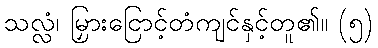
သလ္လံ၊ မြှားငြောင့်တံကျင်နှင့်တူ၏။ (၅)